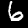
Digit: 6